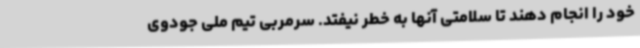
خود را انجام دهند تا سلامتی آنها به خطر نیفتد. سرمربی تیم ملی جودوی